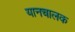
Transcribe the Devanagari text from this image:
यानचालक